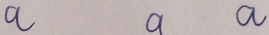
a a a